Calcutta medical institutions reports 1879-81 [i.e.91]
Year: 1879
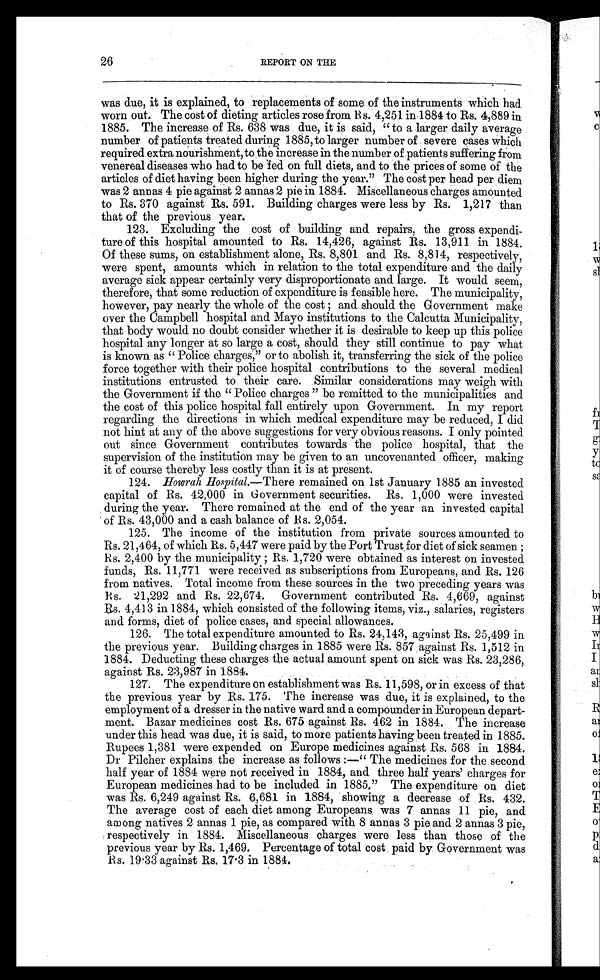
26
REPORT ON THE
was due, it is explained, to replacements of some of the instruments which had
worn out. The cost of dieting articles rose from Rs. 4,251 in 1884 to Rs. 4,889 in
1885. The increase of Rs. 638 was due, it is said, "to a larger daily average
number of patients treated during 1885, to larger number of severe cases which
required extra nourishment, to the increase in the number of patients suffering from
venereal diseases who had to be fed on full diets, and to the prices of some of the
articles of diet having been higher during the year." The cost per head per diem
was 2 annas 4 pie against 2 annas 2 pie in 1884. Miscellaneous charges amounted
to Rs. 370 against Rs. 591. Building charges were less by Rs. 1,217 than
that of the previous year.
123. Excluding the cost of building and repairs, the gross expendi
-ture of this hospital amounted to Rs. 14,426, against Rs. 13,911 in 1884.
Of these sums, on establishment alone, Rs. 8,801 and Rs. 8,814, respectively,
were spent, amounts which in relation to the total expenditure and the daily
average sick appear certainly very disproportionate and large. It would seem,
therefore, that some reduction of expenditure is feasible here. The municipality,
however, pay nearly the whole of the cost ; and should the Government make
over the Campbell hospital and Mayo institutions to the Calcutta Municipality,
that body would no doubt consider whether it is desirable to keep up this police
hospital any longer at so large a cost, should they still continue to pay what
is known as "Police charges," or to abolish it, transferring the sick of the police
force together with their police hospital contributions to the several medical
institutions entrusted to their care. Similar considerations may weigh with
the Government if the "Police charges" be remitted to the municipalities and
the cost of this police hospital fall entirely upon Government. In my report
regarding the directions in which medical expenditure may be reduced, I did
not hint at any of the above suggestions for very obvious reasons. I only pointed
out since Government contributes towards the police hospital, that the
supervision of the institution may be given to an uncovenanted officer, making
it of course thereby less costly than it is at present.
124. Howrah Hospital.—There remained on 1st January 1885 an invested
capital of Rs. 42,000 in Government securities. Rs. 1,000 were invested
during the year. There remained at the end of the year an invested capital
of Rs. 43,000 and a cash balance of Rs. 2,054.
125. The income of the institution from private sources amounted to
Rs. 21,464, of which Rs. 5,447 were paid by the Port Trust for diet of sick seamen ;
Rs. 2,400 by the municipality ; Rs. 1,720 were obtained as interest on invested
funds, Rs. 11,771 were received as subscriptions from Europeans, and Rs. 126
from natives. Total income from these sources in the two preceding years was
Rs. 21,292 and Rs. 22,674. Government contributed Rs. 4,669, against
Rs. 4,413 in 1884, which consisted of the following items, viz., salaries, registers
and forms, diet of police cases, and special allowances.
126. The total expenditure amounted to Rs. 24,143, against Rs. 25,499 in
the previous year. Building charges in 1885 were Rs. 857 against Rs. 1,512 in
1884. Deducting these charges the actual amount spent on sick was Rs. 23,286,
against Rs. 23,987 in 1884.
127. The expenditure on establishment was Rs. 11,598, or in excess of that
the previous year by Rs. 175. The increase was due, it is explained, to the
employment of a dresser in the native ward and a compounder in European depart-
ment. Bazar medicines cost Rs. 675 against Rs. 462 in 1884. The increase
under this head was due, it is said, to more patients having been treated in 1885.
Rupees 1,381 were expended on Europe medicines against Rs. 568 in 1884.
Dr Pilcher explains the increase as follows :—"The medicines for the second
half year of 1884 were not received in 1884, and three half years' charges for
European medicines had to be included in 1885," The expenditure on diet
was Rs. 6,249 against Rs. 6,681 in 1884, showing a decrease of Rs. 432.
The average cost of each diet among Europeans, was 7 annas 11 pie, and
among natives 2 annas 1 pie, as compared with 8 annas 3 pie and 2 annas 3 pie,
respectively in 1884. Miscellaneous charges were less than those of the
previous year by Rs. 1,469. Percentage of total cost paid by Government was
Rs. 19.33 against Rs. 17.3 in 1884.